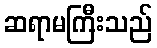
ဆရာမကြီးသည်